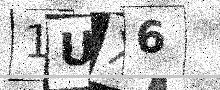
Text: 1UX6